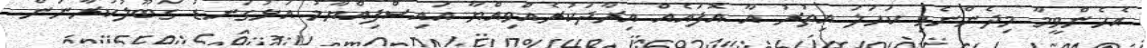
އެހެންވީމާ މިދެންނެވި ކަހަލަ އިތުރު އާ އޮފައެއް އިރާދަކުރެއްވިއްޔާ އައިސްފިއްޔާމު އަޅުގަނޑު ގަބޫލުކުރާނަން